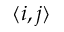
\langle i , j \rangle